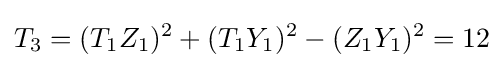
T_{3}=(T_{1}Z_{1})^{2}+(T_{1}Y_{1})^{2}-(Z_{1}Y_{1})^{2}=12